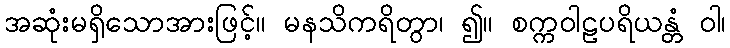
အဆုံးမရှိသောအားဖြင့်။ မနသိကရိတွာ၊ ၍။ စက္ကဝါဠပရိယန္တံ ဝါ၊